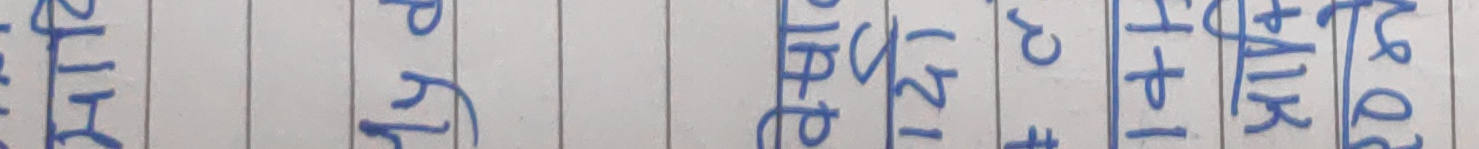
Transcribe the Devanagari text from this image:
कती AIR१२१ सी हरु